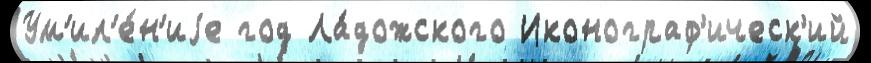
Ум'ил'е́н'иjе год Ла́дожского Иконограф'ическ'ий